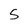
Character: 5